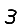
Digit: 3